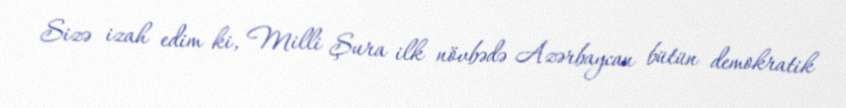
Sizə izah edim ki, Milli Şura ilk növbədə Azərbaycan bütün demokratik